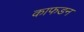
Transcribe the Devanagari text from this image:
काफडन